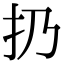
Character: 扔